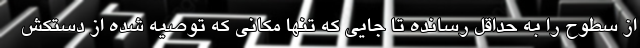
از سطوح را به حداقل رسانده تا جایی که تنها مکانی که توصیه شده از دستکش